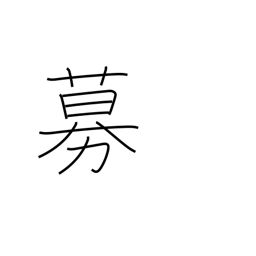
Meaning: grow violent